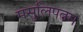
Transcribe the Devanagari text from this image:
मसुलिपत्नम